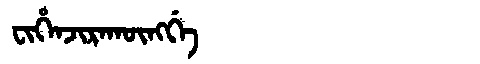
Manchu: ᠸᡳᡥᡝᠨᠵᡳᡵᠠᡴᡡᠩᡤᡝ
Romanization: FIHENJIRAKŪNGGE